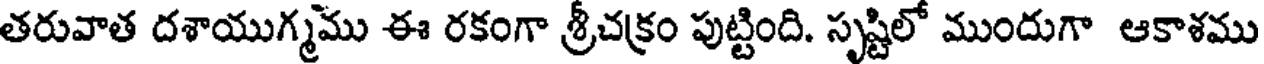
తరువాత దశాయుగ్మము ఈ రకంగా శ్రీచక్రం పుట్టింది. సృష్టిలో ముందుగా ఆకాశము